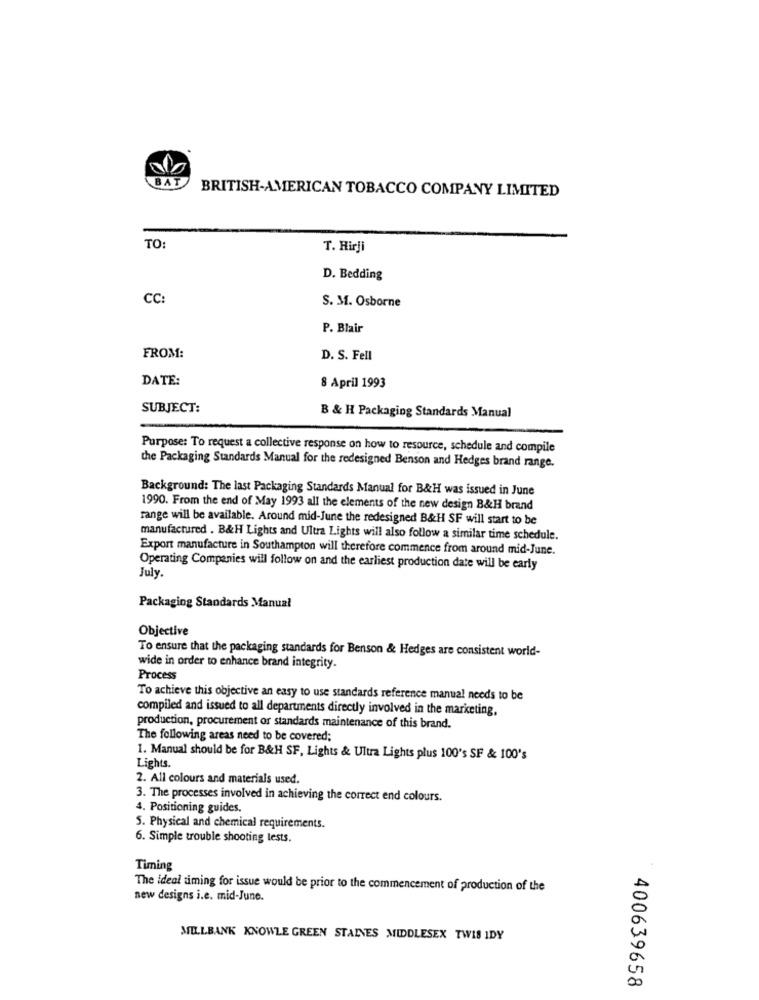
BAT
BRITISH-AMERICAN TOBACCO COMPANY LIMITED
TO:
T. Hirji
D. Bedding
CC
S. M. Osborne
P. Blair
FROM:
D. S. Fell
DATE:
8 April 1993
SUBJECT:
B & H Packaging Standards Manual
Purpose: To request a collective response on how to resource, schedule and compile
the Packaging Standards Manual for the redesigned Benson and Hedges brand range.
Background: The last Packaging Standards Manual for B&H was issued in June
1990. From the end of May 1993 all the elements of the new design B&H brand
range will be available. Around mid-June the redesigned B&H SF will start to be
manufactured . B&H Lights and Ultra Lights will also follow a similar time schedule.
Export manufacture in Southampton will therefore commence from around mid-June.
Operating Companies will follow on and the earliest production date will be early
July.
Packaging Standards Manual
Objective
To ensure that the packaging standards for Benson & Hedges are consistent world-
wide in order to enhance brand integrity.
Process
To achieve this objective an easy to use standards reference manual needs to be
compiled and issued to all departments directly involved in the marketing,
production, procurement or standards maintenance of this brand.
The following areas need to be covered;
Lights.
1. Manual should be for B&H SF, Lights & Ultra Lights plus 100's SF & 100's
2. All colours and materials used.
3. The processes involved in achieving the correct end colours.
4. Positioning guides
5. Physical and chemical requirements.
6. Simple trouble shooting tests.
Timing
The ideal aiming for issue would be prior to the commencement of production of the
new designs i.e. mid-June.
MILLBANK KNOWLE GREEN STAINES MIDDLESEX TWIS IDY
400639658